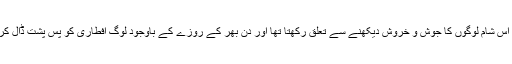
پاکستان میں اٹھارہ رمضان المبارک کی اس شام لوگوں کا جوش و خروش دیکھنے سے تعلق رکھتا تھا اور دن بھر کے روزے کے باوجود لوگ افطاری کو پس پشت ڈال کر فتح کا جشن منانے میں مصروف تھے۔